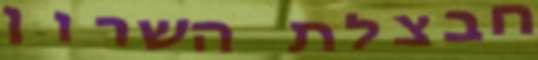
חבצלת השרון